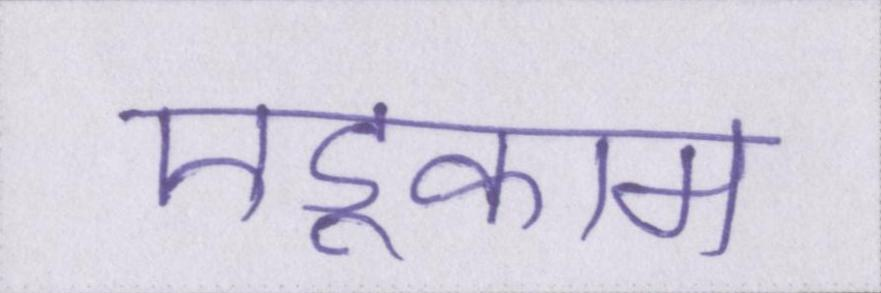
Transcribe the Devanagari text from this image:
एडूकाम